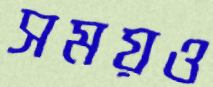
সময়ও